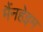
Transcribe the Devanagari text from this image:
मैंनहेइम